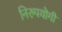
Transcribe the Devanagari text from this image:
निरुपयॊगी